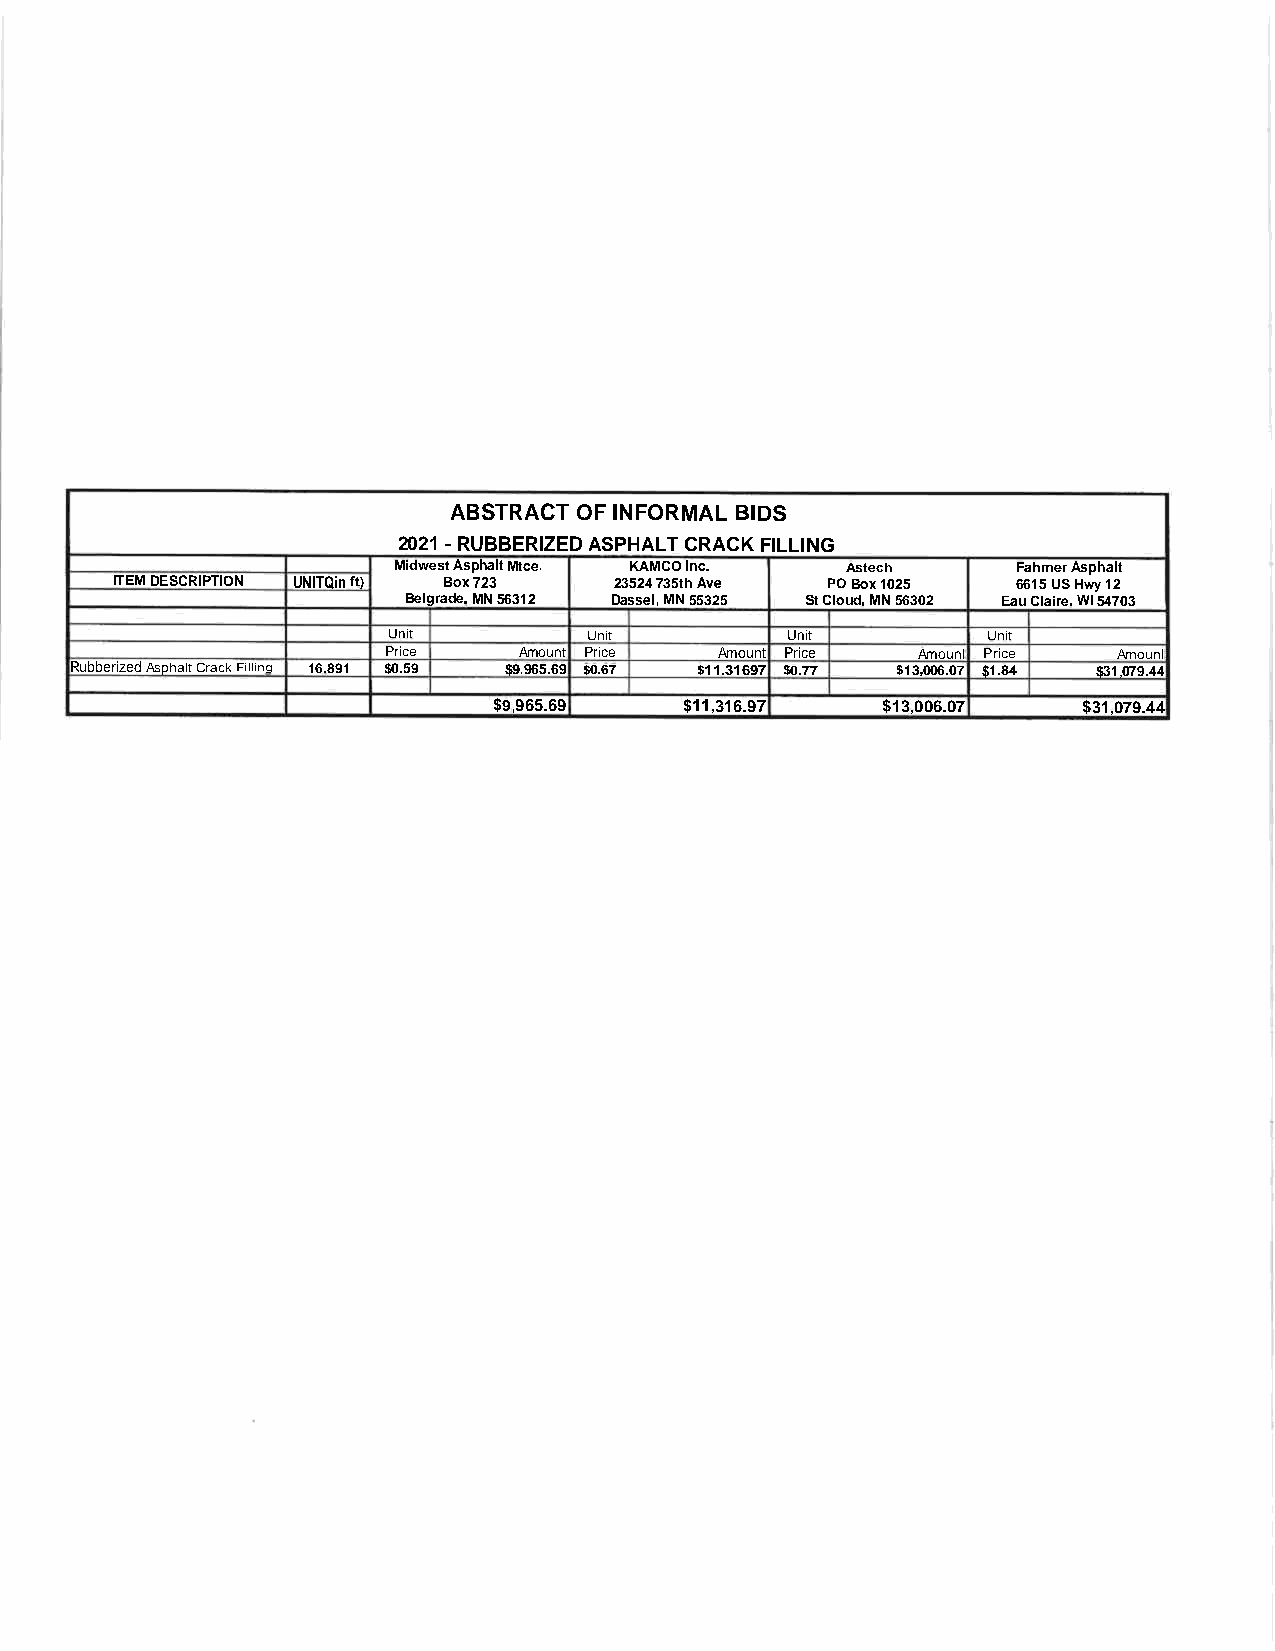
ABSTRACT OFINFORMALBIDS
 2021-RUBBERIZEDASPHALTCRACKFILLING
 MidwestAsphaltMtce. KAMCOInc. Astech     FahmerAsphalt
 ITEMDESCRIPTION UNITQinft) Box723 23524735thAve POBox1025   6615USHwy12
 Belgrade.MN56312 Dassel,MN55325 StCloud. MN56302 EauClaire.Wl54703
 Unit         Unit         Unit         Unit
 Price    Amount Price  Amount Price Amounl Price Amounl
 RubberizedAsphaltCrackFilling 16.891 $0.59 $9,965.69 $0.67 $11.31697 $0.77 $13,006.07 $1.84 $31,079.44
 $9,965.69   $11,316.97   $13,006.07    $31,079.44